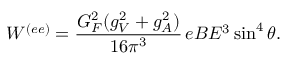
W ^ { ( e e ) } = \frac { G _ { F } ^ { 2 } ( g _ { V } ^ { 2 } + g _ { A } ^ { 2 } ) } { 1 6 \pi ^ { 3 } } \, e B E ^ { 3 } \sin ^ { 4 } \theta .